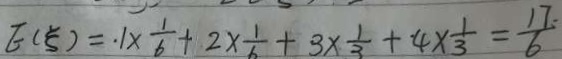
E ( \varepsilon ) = . 1 \times \frac { 1 } { 6 } + 2 \times \frac { 1 } { 6 } + 3 \times \frac { 1 } { 3 } + 4 \times \frac { 1 } { 3 } = \frac { 1 7 } { 6 }